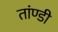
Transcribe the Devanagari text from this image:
तांण्डी